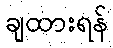
ချထားရန်